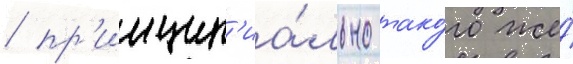
/ пр'инцип'иа́льно тако́го же́